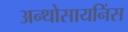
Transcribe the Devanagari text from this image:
अन्थोसायनिंस